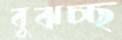
বুঝচ্ছ